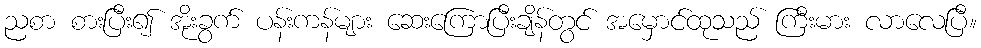
ညစာ စားပြီး၍ အိုးခွက် ပန်းကန်များ ဆေးကြောပြီးချိန်တွင် အမှောင်ထုသည် ကြီးမား လာလေပြီ။